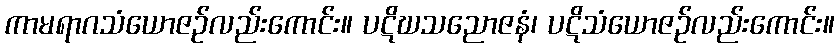
ကာမရာဂသံယောဇဉ်လည်းကောင်း။ ပဋိဃသညောဇနံ၊ ပဋိသံယောဇဉ်လည်းကောင်း။